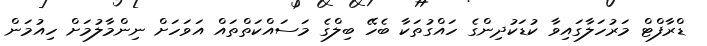
ޑްރާފްޓް މަރުހަލާގައިވާ ކުޑަކުދިންގެ ހައްގުތަކާ ބެހޭ ބިލްގެ މަސައްކަތްތައް އަވަހަށް ނިންމާލުމަށް ހިއުމަން